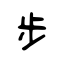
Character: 步